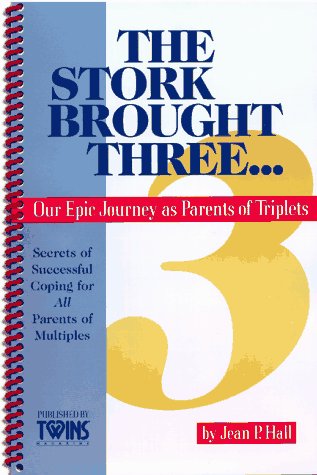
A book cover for The Stork Brought Three: Our Epic Journey as Parents of Triplets; Jean P. Hall; Parenting & Relationships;